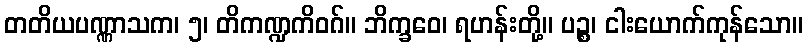
တတိယပဏ္ဏာသက၊ ၅၊ တိကဏ္ဍကိဝဂ်။ ဘိက္ခဝေ၊ ရဟန်းတို့။ ပဉ္စ၊ ငါးယောက်ကုန်သော။